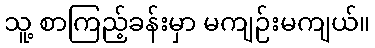
သူ့ စာကြည့်ခန်းမှာ မကျဉ်းမကျယ်။